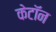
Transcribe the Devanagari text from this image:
केटॉन